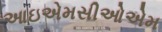
આઇએમસીઓએમ